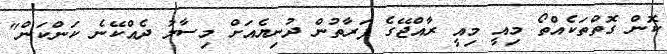
ކޮން ގޮތްތަކެއްތޯ މިއީ މިއީ ރާއްޖޭގެ ފަރާތުން ދުނިޔެއަށް މިސާލު ދެއްކޭނެ ކަންކަން"